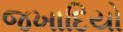
જખાદિયો